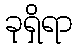
ခုရှိရာ